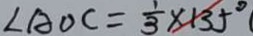
\angle A O C = \frac { 1 } { 3 } \times 1 3 5 ^ { \circ }